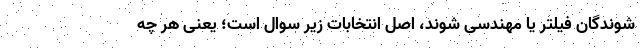
شوندگان فیلتر یا مهندسی شوند، اصل انتخابات زیر سوال است؛ یعنی هر چه